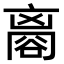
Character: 𧮼